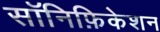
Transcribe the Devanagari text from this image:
सॉनिफ़िकेशन